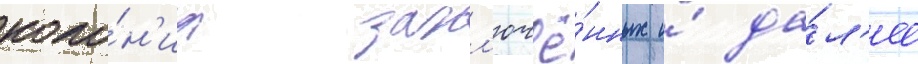
коло́н'иа закл'ючё́нных и́ да́л'ее